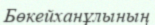
Бөкейханұлының